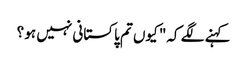
کہنے لگے کہ" کیوں تم پاکستانی نہیں ہو ؟